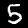
Label: 5